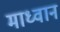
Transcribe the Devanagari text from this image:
माध्वान